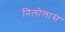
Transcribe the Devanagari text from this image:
निलोलास